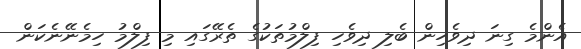
އެންމެ ގިނަ ދިވެހިން ބެލި ދިވެހި ފިލްމުތަކުގެ ތެރޭގައި މި ފިލްމު ހިމެނޭނެކަން